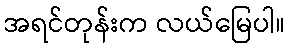
အရင်တုန်းက လယ်မြေပါ။